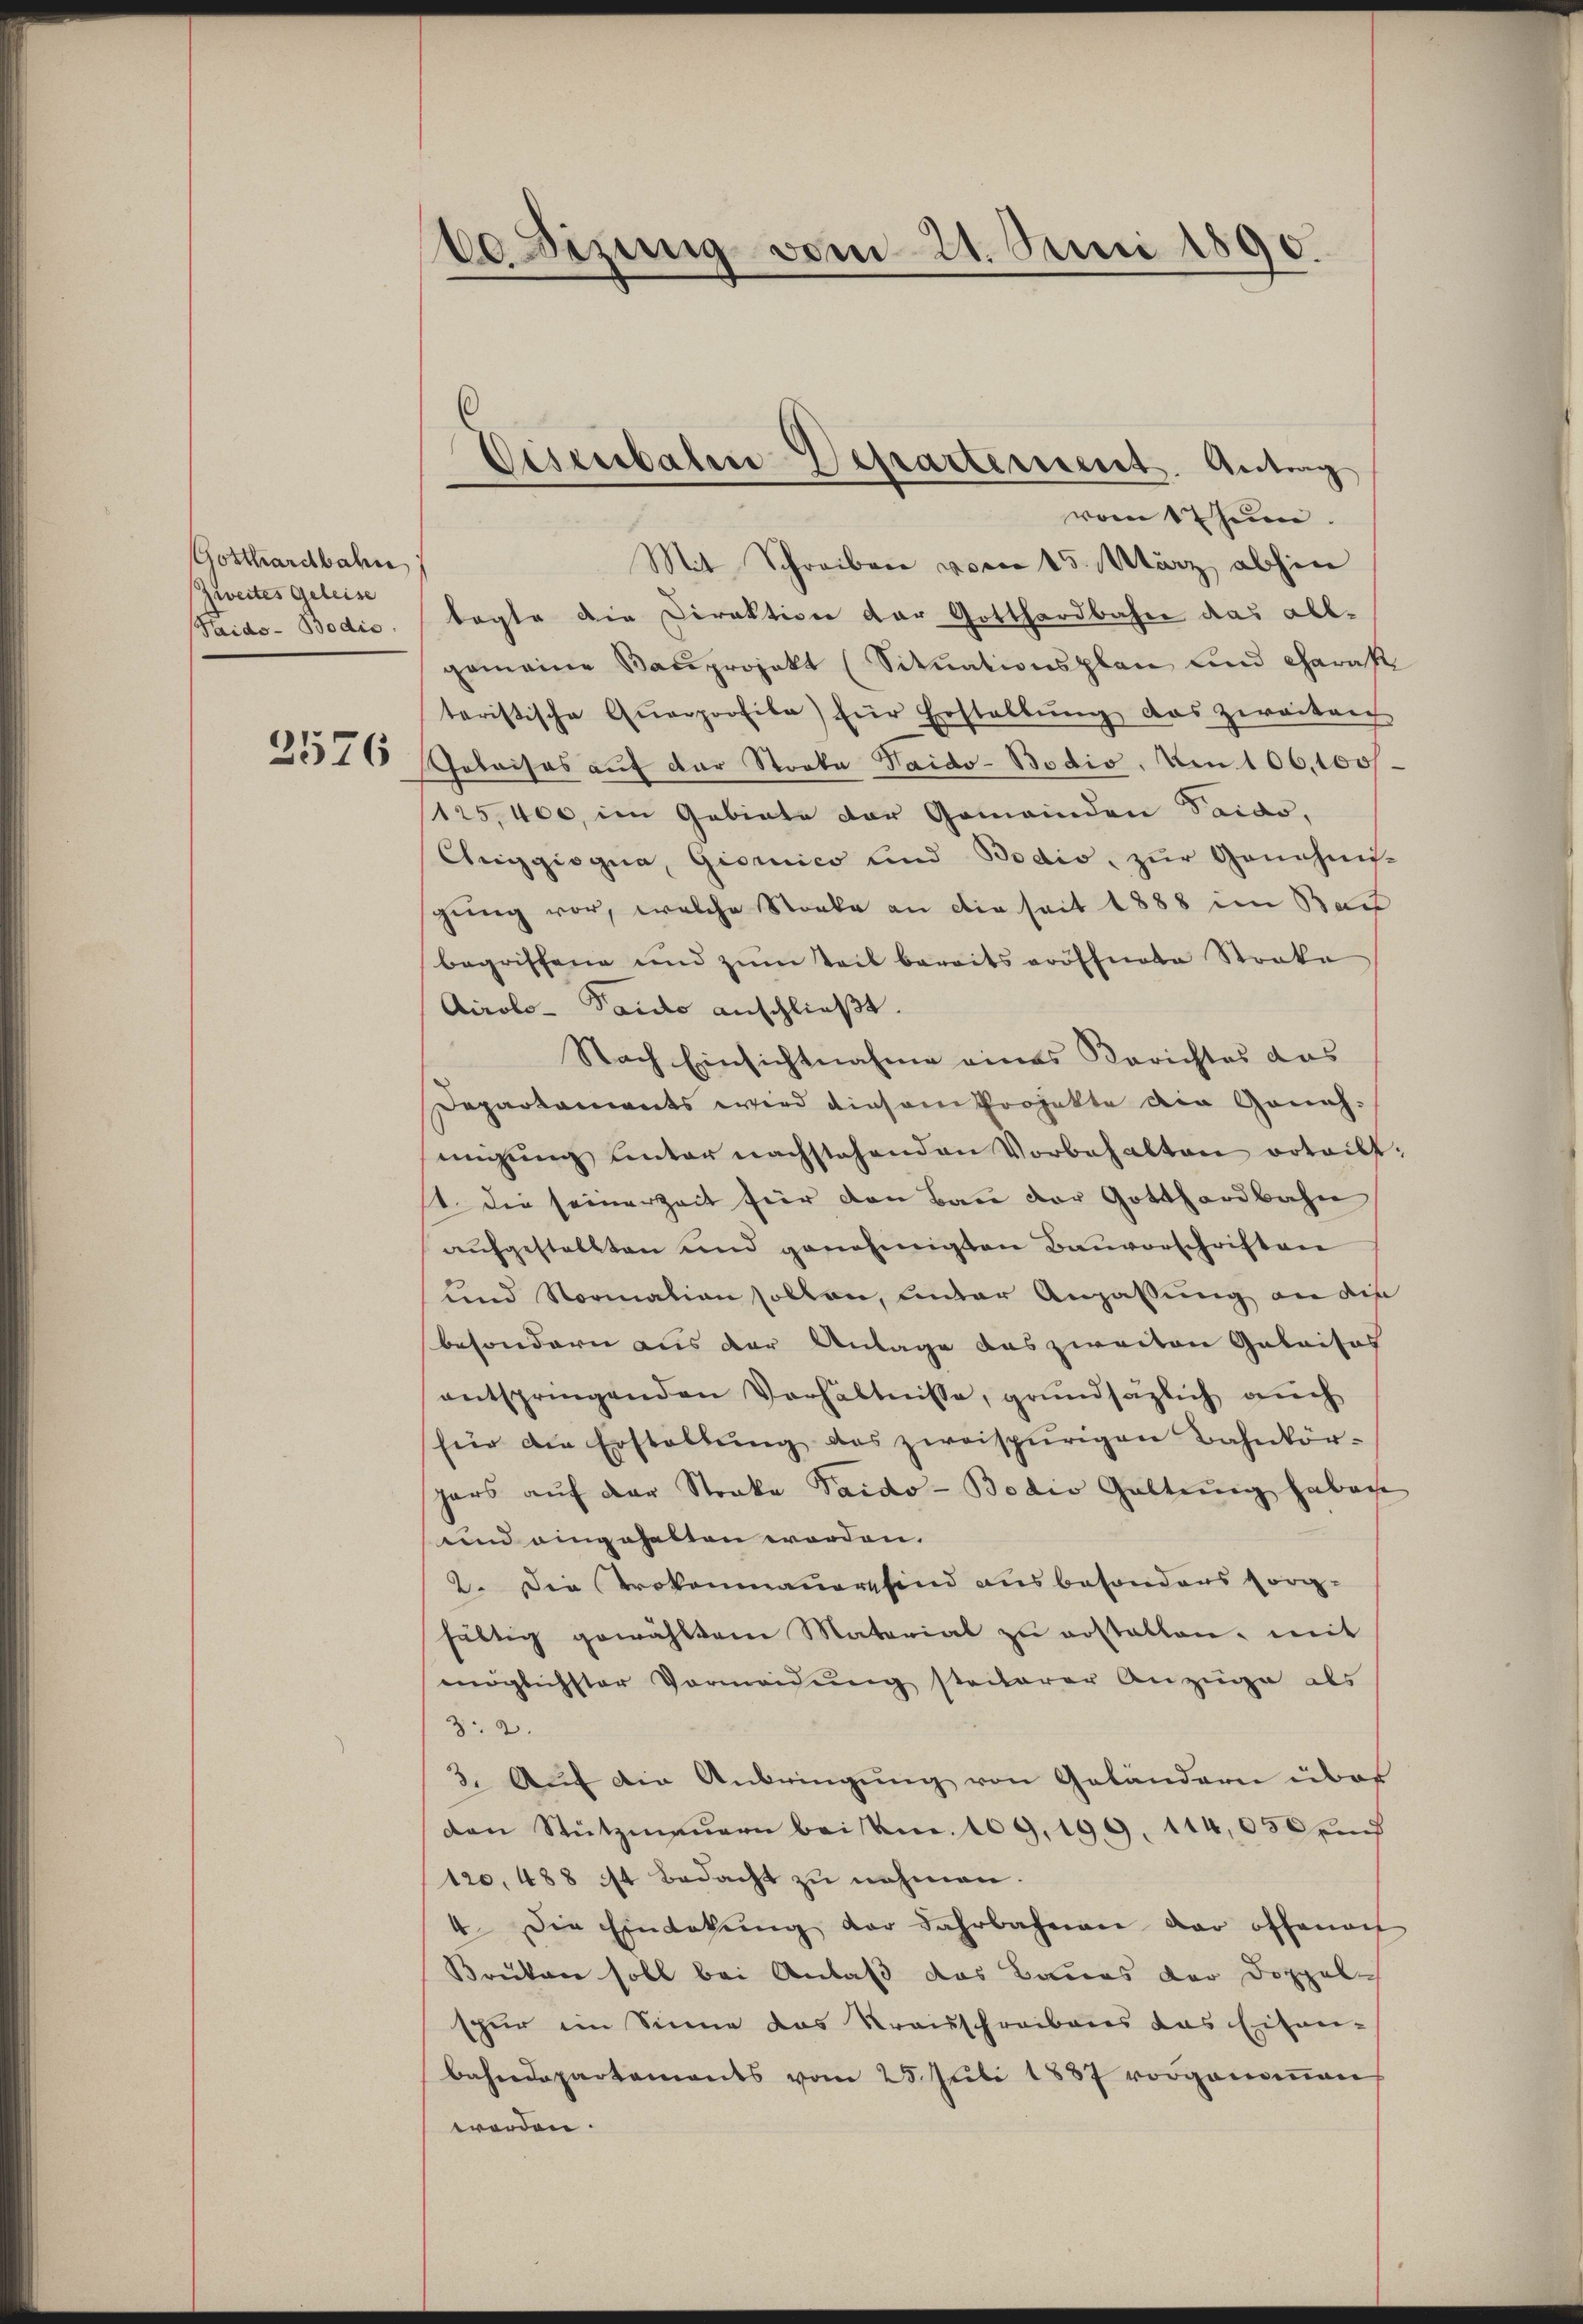
Gotthardbahn
Zweites Geleise
Haido-Bodis

2576

be Dizung vom 21. Juni 1890.

Eisenbahn-Departement. Antrag

vom 1t Jun.
Mit Schreiben vom 15. März abhin
tagte die Direktion der Gotthardbahn das allgemeine Bauprojekt (Sitŭationsplan und Charak
taristische Qŭarprofila) für Erstellŭng das zweiten
Goboises auf der Stocka Haido-Bodio. Am 106. 100f
125,400, im Gebiete der Gemeinden Taido.
Ceggiogna, Giornico und Bodio, zur Genehmi-
gung vor, welche Stocke an die seit 1888 im Baut
begriffene und zum Teil bereits eröffnete Streke
Airolo - Paido anschließt.
Nach Einsichtnahme eines Berichtes das
Departaments wird diesem Projekte die Genehmigŭng unter nachstehenden Vorbehalten erteilt:
1. Die seiner Zeit für den Bau der Gotthardbahn
aŭfgestellten und genehmigten Bauvorschriften
und Normation sollen, unter Anpassung an die
besondern aus der Antage das zweiten Gubaitas
entspringenden Verhältnisse, grundsätzlich auch
für die Erstaltŭng des zweispurigen Bahnkör-
hars auf der Straka Paido-Bodio Galtung haben
und eingehalten worden.
2. Die Trokonmauer sind ausbesonders sorg-
fältig gewähltem Material zŭ erstellen, mit
möglichster Vormeidung steiterer Anzüge als
3.2.
3. Aŭf die Anbringung von Geländern über
den Stützmauern bei kn. 109, 199. 114,030 un
120, 488 ist bedacht zu nehmen.
4. Die Einbokŭng der Jahrbahnen dar offende
Brüken soll bei Anlaß das Baues der Doppele
spur ein Sinne das Kraisschreibens das Eisen-
Bahndepartements vom 25. Juli 1887 vorgenommen
werden.